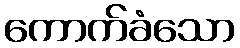
ကောက်ခံသော